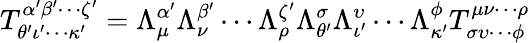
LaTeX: T_{\theta^{\prime}\iota^{\prime}\cdots\kappa^{\prime}}^{\alpha^{\prime}\beta^{\prime}\cdots\zeta^{\prime}}=\Lambda^{\alpha^{\prime}}_{\mu}\Lambda^{\beta^{\prime}}_{\nu}\cdots\Lambda^{\zeta^{\prime}}_{\rho}\Lambda_{\theta^{\prime}}^{\sigma}\Lambda_{\iota^{\prime}}^{\upsilon}\cdots\Lambda_{\kappa^{\prime}}^{\phi}T_{\sigma\upsilon\cdots\phi}^{\mu\nu\cdots\rho}